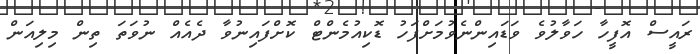
ރައީސް އޮފީހާ ހަވާލުވެ ވަޑައިންނެވުމަށްފަހު ޑޮކިއުމެންޓް ކޮށްފައިނުވާ ދެއެއް ނުވަތަ ތިން މިލިއަން